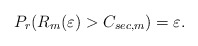
\begin{align*}P_r(R_m(\varepsilon)>C_{sec,m})=\varepsilon.\end{align*}